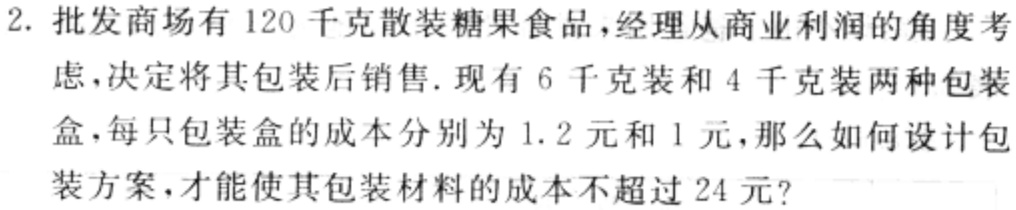
2. 批发商场有 120 千克散装糖果食品，经理从商业利润的角度考虑，决定将其包装后销售. 现有 6 千克装和 4 千克装两种包装盒，每只包装盒的成本分别为 1.2 元和 1 元，那么如何设计包装方案，才能使其包装材料的成本不超过 24 元?